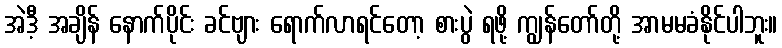
အဲဒီ့ အချိန် နောက်ပိုင်း ခင်ဗျား ရောက်လာရင်တော့ စားပွဲ ရဖို့ ကျွန်တော်တို့ အာမမခံနိုင်ပါဘူး။